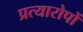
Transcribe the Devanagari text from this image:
प्रत्यारोपों